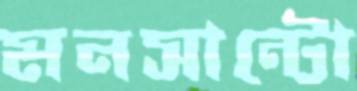
মনসান্টো